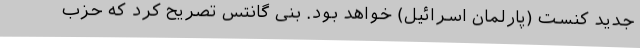
جدید کنست (پارلمان اسرائیل) خواهد بود. بنی گانتس تصریح کرد که حزب